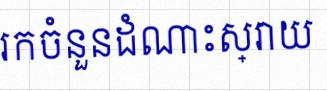
រកចំនួនដំណោះស្រាយ